Annual report of the Punjab Veterinary College and of the Civil Veterinary Department, Punjab - 1894-1908
Year: 1894
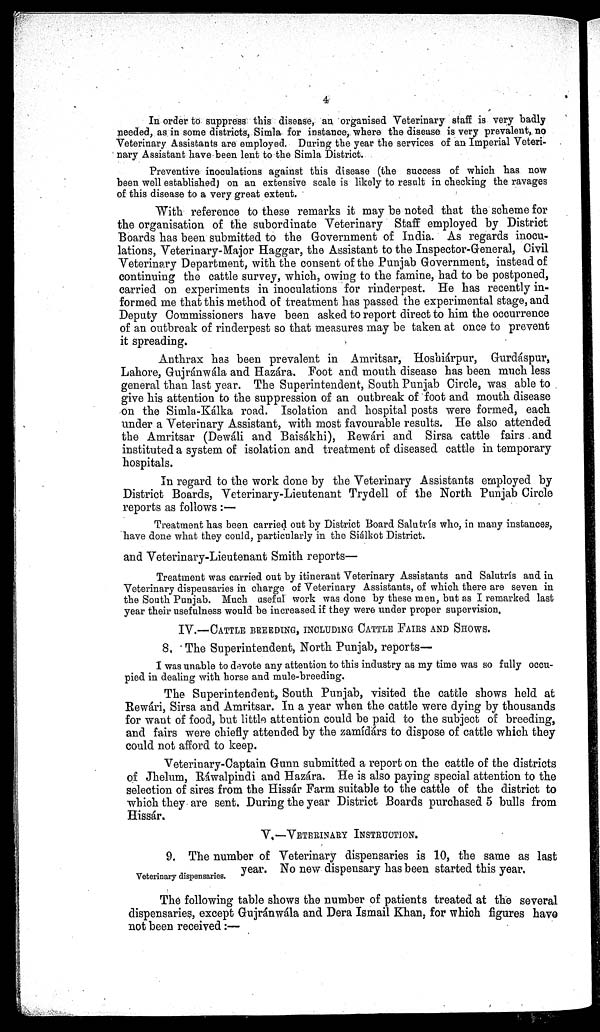
4
In order to suppress this disease, an organised Veterinary staff is very badly
needed, as in some districts, Simla for instance, where the disease is very prevalent, no
Veterinary Assistants are employed. During the year the services of an Imperial Veteri-
nary Assistant have been lent to the Simla District.
Preventive inoculations against this disease (the success of which has now
been well established) on an extensive scale is likely to result in checking the ravages
of this disease to a very great extent.
With reference to these remarks it may be noted that the scheme for
the organisation of the subordinate Veterinary Staff employed by District
Boards has been submitted to the Government of India. As regards inocu-
lations, Veterinary-Major Haggar, the Assistant to the Inspector-General, Civil
Veterinary Department, with the consent of the Punjab Government, instead of
continuing the cattle survey, which, owing to the famine, had to be postponed,
carried on experiments in inoculations for rinderpest. He has recently in-
formed me that this method of treatment has passed the experimental stage, and
Deputy Commissioners have been asked to report direct to him the occurrence
of an outbreak of rinderpest so that measures may be taken at once to prevent
it spreading.
Anthrax has been prevalent in Amritsar, Hoshiárpur, Gurdáspur,
Lahore, Gujránwála and Hazára. Foot and mouth disease has been much less
general than last year. The Superintendent, South Punjab Circle, was able to
give his attention to the suppression of an outbreak of foot and mouth disease
on the Simla-Kálka road. Isolation and hospital posts were formed, each
under a Veterinary Assistant, with most favourable results. He also attended
the Amritsar (Dewáli and Baisákhi), Rewári and Sirsa cattle fairs and
instituted a system of isolation and treatment of diseased cattle in temporary
hospitals.
In regard to the work done by the Veterinary Assistants employed by
District Boards, Veterinary-Lieutenant Trydell of the North Punjab Circle
reports as follows :—
Treatment has been carried out by District Board Salutrís who, in many instances,
have done what they could, particularly in the Siálkot District.
and Veterinary-Lieutenant Smith reports—
Treatment was carried out by itinerant Veterinary Assistants and Salutrís and in
Veterinary dispensaries in charge of Veterinary Assistants, of which there are seven in
the South Punjab. Much useful work was done by these men, but as I remarked last
year their usefulness would be increased if they were under proper supervision.
IV.—CATTLE BREEDING, INCLUDING CATTLE FAIRS AND SHOWS.
8. The Superintendent, North Punjab, reports—
I was unable to devote any attention to this industry as my time was so fully occu-
pied in dealing with horse and mule-breeding.
The Superintendent, South Punjab, visited the cattle shows held at
Rewári, Sirsa and Amritsar. In a year when the cattle were dying by thousands
for want of food, but little attention could be paid to the subject of breeding,
and fairs were chiefly attended by the zamídárs to dispose of cattle which they
could not afford to keep.
Veterinary-Captain Gunn submitted a report on the cattle of the districts
of Jhelum, Ráwalpindi and Hazára. He is also paying special attention to the
selection of sires from the Hissár Farm suitable to the cattle of the district to
which they are sent. During the year District Boards purchased 5 bulls from
Hissár.
V.—VETERINARY INSTRUCTION.
Veterinary dispensaries.
9. The number of Veterinary dispensaries is 10, the same as last
year. No new dispensary has been started this year.
The following table shows the number of patients treated at the several
dispensaries, except Gujránwála and Dera Ismail Khan, for which figures have
not been received :—